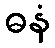
ဓနံ